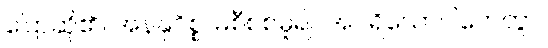
ပြောဆို၏။ အနနုဝိစ္စ၊ မစီစစ်မူ၍။ အပရိယောဂါဟေတွာ၊